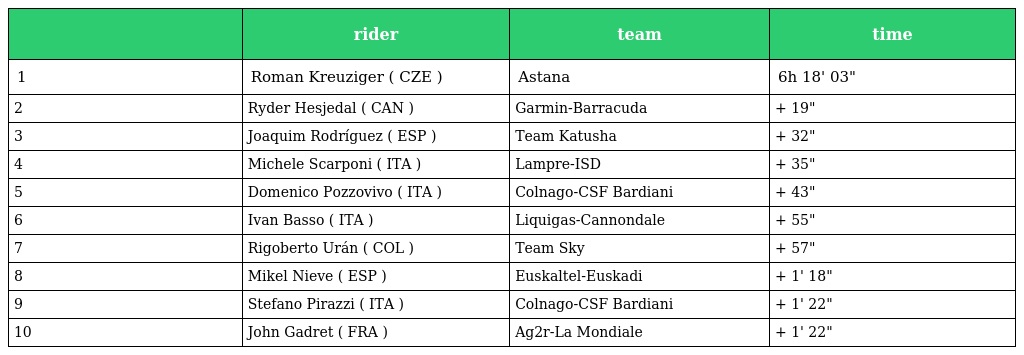
|  | rider | team | time |
 | --- | --- | --- | --- |
 | 1 | Roman Kreuziger ( CZE ) | Astana | 6h 18' 03" |
 | 2 | Ryder Hesjedal ( CAN ) | Garmin-Barracuda | + 19" |
 | 3 | Joaquim Rodríguez ( ESP ) | Team Katusha | + 32" |
 | 4 | Michele Scarponi ( ITA ) | Lampre-ISD | + 35" |
 | 5 | Domenico Pozzovivo ( ITA ) | Colnago-CSF Bardiani | + 43" |
 | 6 | Ivan Basso ( ITA ) | Liquigas-Cannondale | + 55" |
 | 7 | Rigoberto Urán ( COL ) | Team Sky | + 57" |
 | 8 | Mikel Nieve ( ESP ) | Euskaltel-Euskadi | + 1' 18" |
 | 9 | Stefano Pirazzi ( ITA ) | Colnago-CSF Bardiani | + 1' 22" |
 | 10 | John Gadret ( FRA ) | Ag2r-La Mondiale | + 1' 22" |